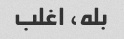
بله، اغلب